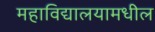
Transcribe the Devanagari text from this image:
महाविद्यालयामधील